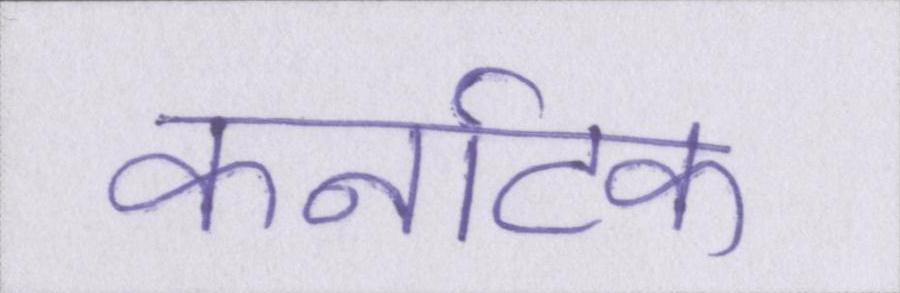
कर्नाटक